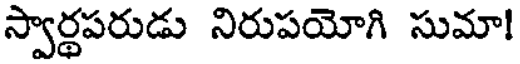
స్వార్థపరుడు నిరుపయోగి సుమా!